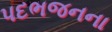
પદભજનના